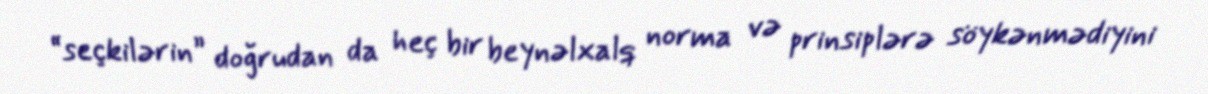
“seçkilərin” doğrudan da heç bir beynəlxalq norma və prinsiplərə söykənmədiyini